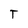
Character: T